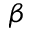
\beta